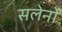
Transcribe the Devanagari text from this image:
सलेर्नो